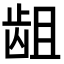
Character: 龃